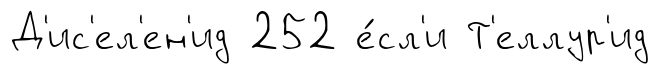
Д'ис'ел'ен'ид 252 е́сл'и Т'еллур'ид